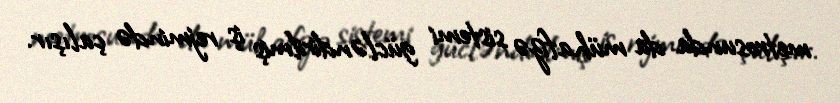
metrosunda da mühafizə sistemi gücləndirilmiş iş rejmində çalışır.